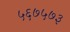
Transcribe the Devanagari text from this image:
५६७५७३